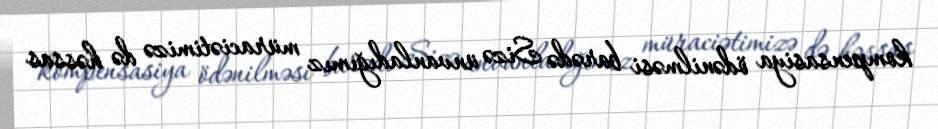
kompensasiya ödənilməsi barədə Sizə ünvanladığımız müraciətimizə də həssas